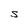
Character: S